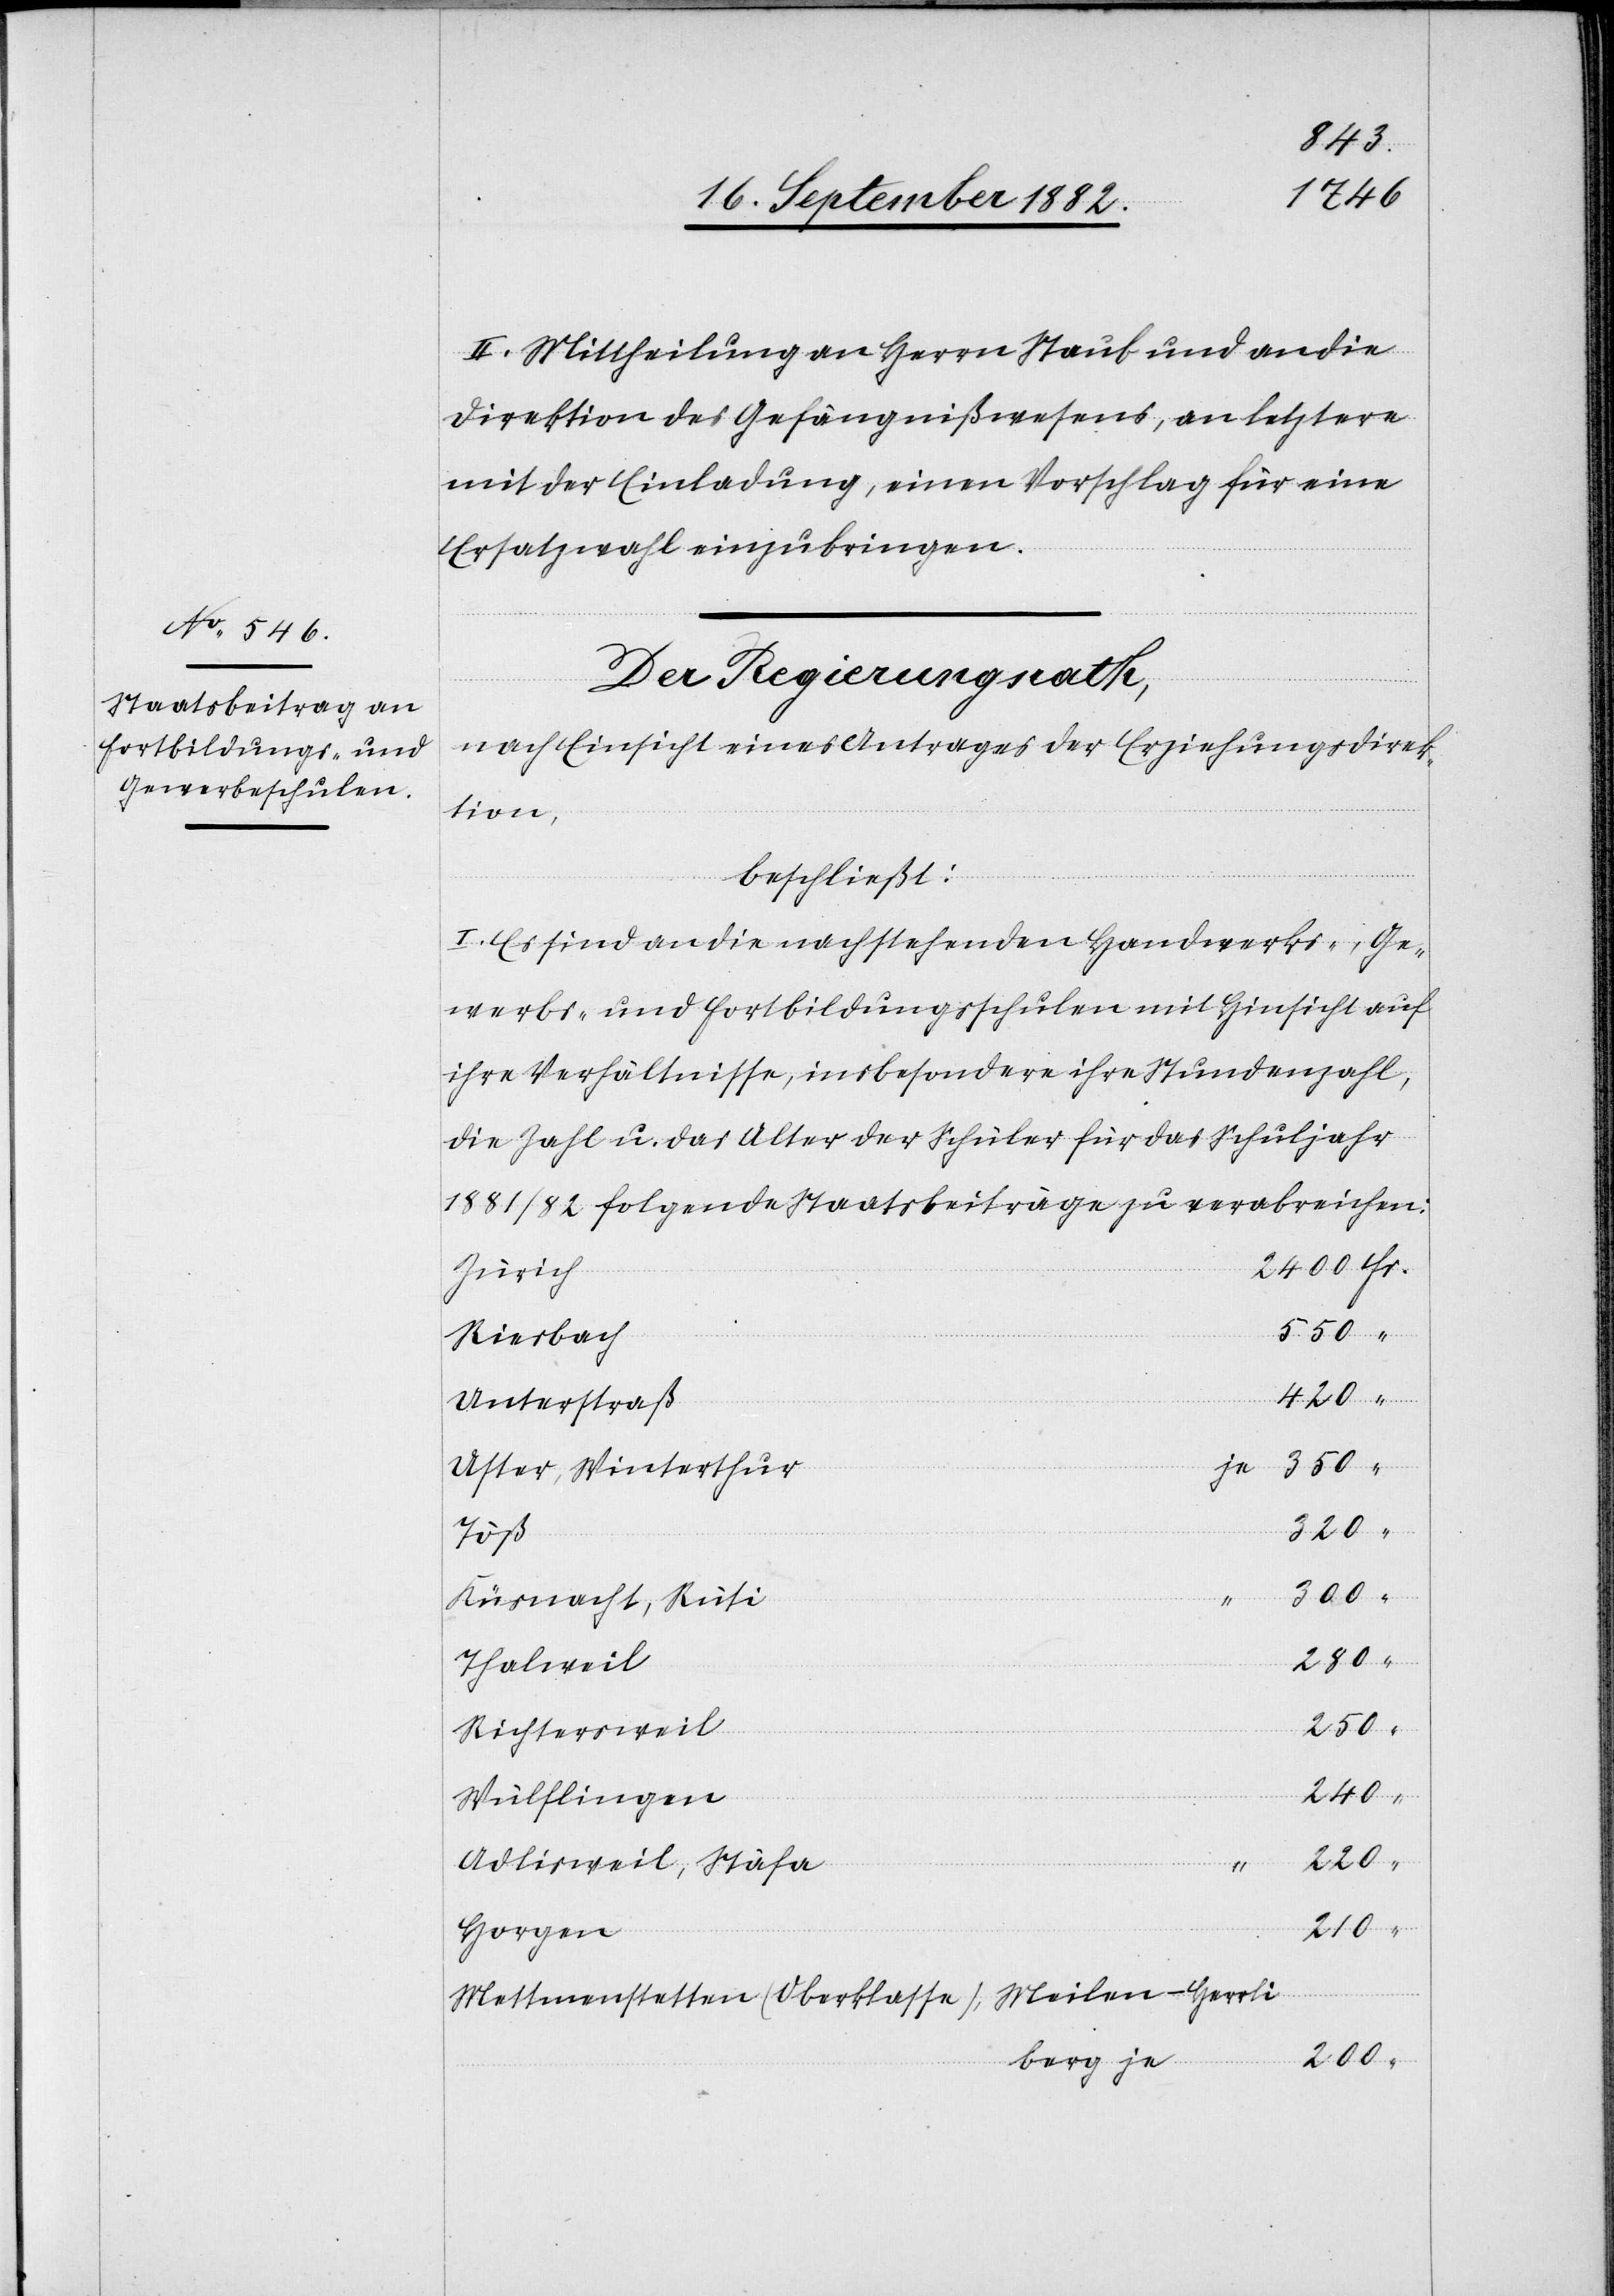
II. Mittheilung an Herrn Staub und an die
Direktion des Gefängnißwesens, an letztere
mit der Einladung, einen Vorschlag für eine
berg
Ersatzwahl einzubringen.
Der Regierungsrath,
nach Einsicht eines Antrages der Erziehungsdirek¬
tion,
beschließt:
I. Es sind an die nachstehenden Handwerks-, Ge¬
werbs- und Fortbildungsschulen mit Hinsicht auf
ihre Verhältnisse, insbesondere ihre Stundenzahl,
die Zahl u. das Alter der Schüler für das Schuljahr
1881/82 folgende Staatsbeiträge zu verabreichen:
Zürich
Riesbach
Unterstraß
je
Uster, Winterthur
Töß
Küsnacht, Rüti
220
Thalweil
250
Richtersweil
Wülflingen
240
Adlisweil, Stäfa
Horgen
Mettmenstetten (Oberklasse), Meilen-Herrli¬
200